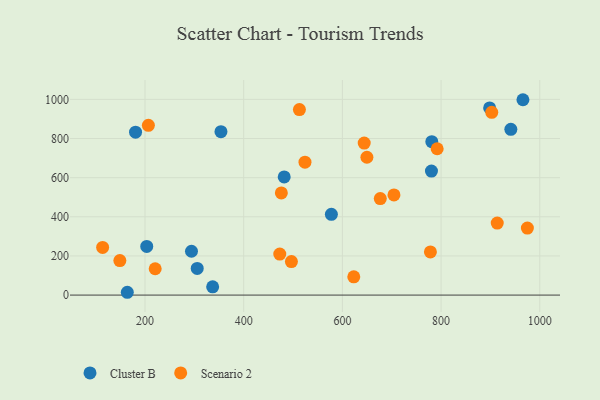
{"axis": {"x": "Investment", "y": "Rating"}, "legend": ["Cluster B", "Scenario 2"], "data": [{"x": "294.2", "y": 224.1, "type": "Cluster B"}, {"x": "337.1", "y": 42.3, "type": "Cluster B"}, {"x": "965.9", "y": 998.2, "type": "Cluster B"}, {"x": "482.1", "y": 603.9, "type": "Cluster B"}, {"x": "941.4", "y": 846.8, "type": "Cluster B"}, {"x": "781.2", "y": 783.9, "type": "Cluster B"}, {"x": "164.1", "y": 14.4, "type": "Cluster B"}, {"x": "577.7", "y": 412.7, "type": "Cluster B"}, {"x": "898.4", "y": 956.3, "type": "Cluster B"}, {"x": "305.8", "y": 136.1, "type": "Cluster B"}, {"x": "180.8", "y": 832.6, "type": "Cluster B"}, {"x": "780.5", "y": 633.5, "type": "Cluster B"}, {"x": "203.5", "y": 248.6, "type": "Cluster B"}, {"x": "353.9", "y": 835.2, "type": "Cluster B"}, {"x": "913.8", "y": 368.1, "type": "Scenario 2"}, {"x": "902.7", "y": 933.9, "type": "Scenario 2"}, {"x": "114.1", "y": 243.4, "type": "Scenario 2"}, {"x": "623.1", "y": 93.1, "type": "Scenario 2"}, {"x": "644.2", "y": 776.7, "type": "Scenario 2"}, {"x": "473.1", "y": 209.4, "type": "Scenario 2"}, {"x": "476.3", "y": 522.0, "type": "Scenario 2"}, {"x": "778.4", "y": 220.8, "type": "Scenario 2"}, {"x": "496.7", "y": 171.3, "type": "Scenario 2"}, {"x": "149.0", "y": 176.3, "type": "Scenario 2"}, {"x": "524.2", "y": 679.0, "type": "Scenario 2"}, {"x": "974.9", "y": 342.6, "type": "Scenario 2"}, {"x": "792.1", "y": 747.6, "type": "Scenario 2"}, {"x": "649.7", "y": 704.3, "type": "Scenario 2"}, {"x": "512.9", "y": 947.8, "type": "Scenario 2"}, {"x": "676.8", "y": 493.0, "type": "Scenario 2"}, {"x": "220.6", "y": 134.5, "type": "Scenario 2"}, {"x": "206.8", "y": 867.4, "type": "Scenario 2"}, {"x": "704.5", "y": 511.7, "type": "Scenario 2"}]}